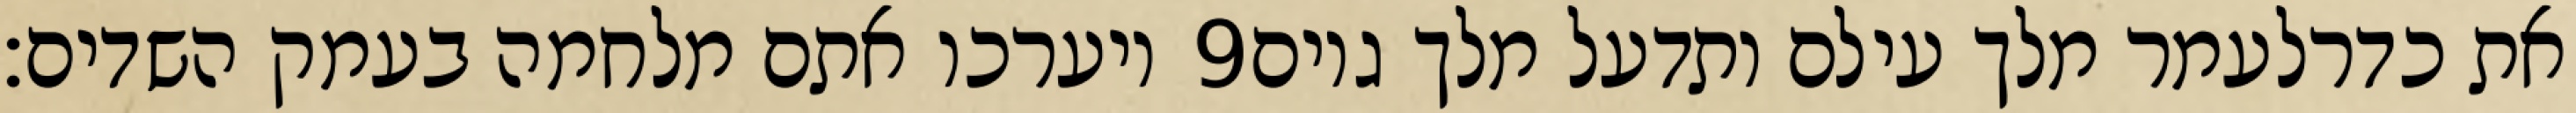
ויערכו אתם מלחמה בעמק השדים׃ ‎9‏ את כדרלעמר מלך עילם ותדעל מלך גוים